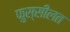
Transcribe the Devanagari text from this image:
फुस्सीलत